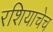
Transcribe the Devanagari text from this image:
रशियाचेच